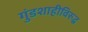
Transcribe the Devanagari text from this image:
गुंडशाहीविरुद्ध